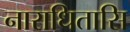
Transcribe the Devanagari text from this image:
नाराधितासि